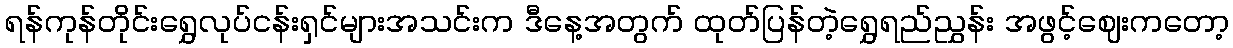
ရန်ကုန်တိုင်းရွှေလုပ်ငန်းရှင်များအသင်းက ဒီနေ့အတွက် ထုတ်ပြန်တဲ့ရွှေရည်ညွှန်း အဖွင့်ဈေးကတော့